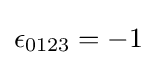
\epsilon _{0123}=-1